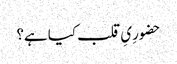
حضورِیِ قلب کیا ہے؟